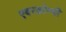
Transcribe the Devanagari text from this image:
एबरक्रोम्बी